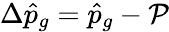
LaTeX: \Delta\hat{p}_{g}=\hat{p}_{g}-\mathcal{P}